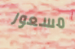
مسعور